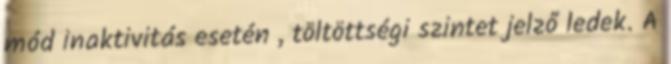
mód inaktivitás esetén , töltöttségi szintet jelző ledek. A